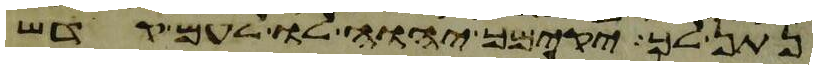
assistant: נתן לך יקימך יהוה לו לעם קדש